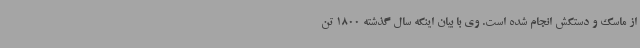
از ماسک و دستکش انجام شده است. وی با بیان اینکه سال گذشته 1800 تن